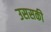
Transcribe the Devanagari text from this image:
उससकी